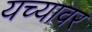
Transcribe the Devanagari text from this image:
यच्यावर